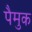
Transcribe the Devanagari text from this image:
पैमुक